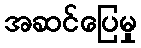
အဆင်ပြေမှု